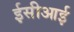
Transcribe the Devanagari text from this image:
ईसीआई